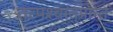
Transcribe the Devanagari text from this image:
तत्पश्‍चात्‌प्रान्त